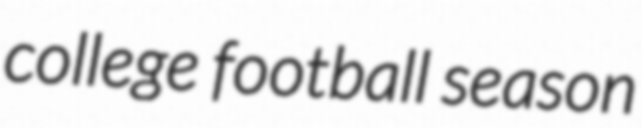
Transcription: college football season